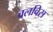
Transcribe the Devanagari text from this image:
वलविस